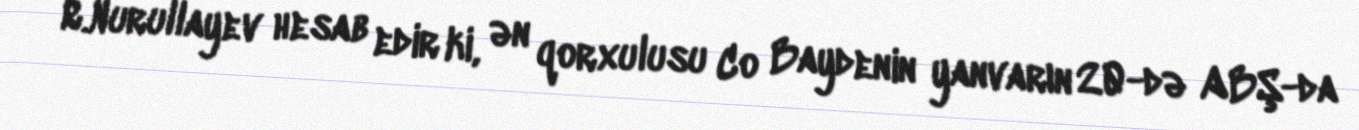
R.Nurullayev hesab edir ki, ən qorxulusu Co Baydenin yanvarın 20-də ABŞ-da